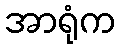
အာရုံက